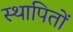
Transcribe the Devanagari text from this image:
स्थापितों